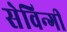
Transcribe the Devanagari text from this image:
सेविन्गी